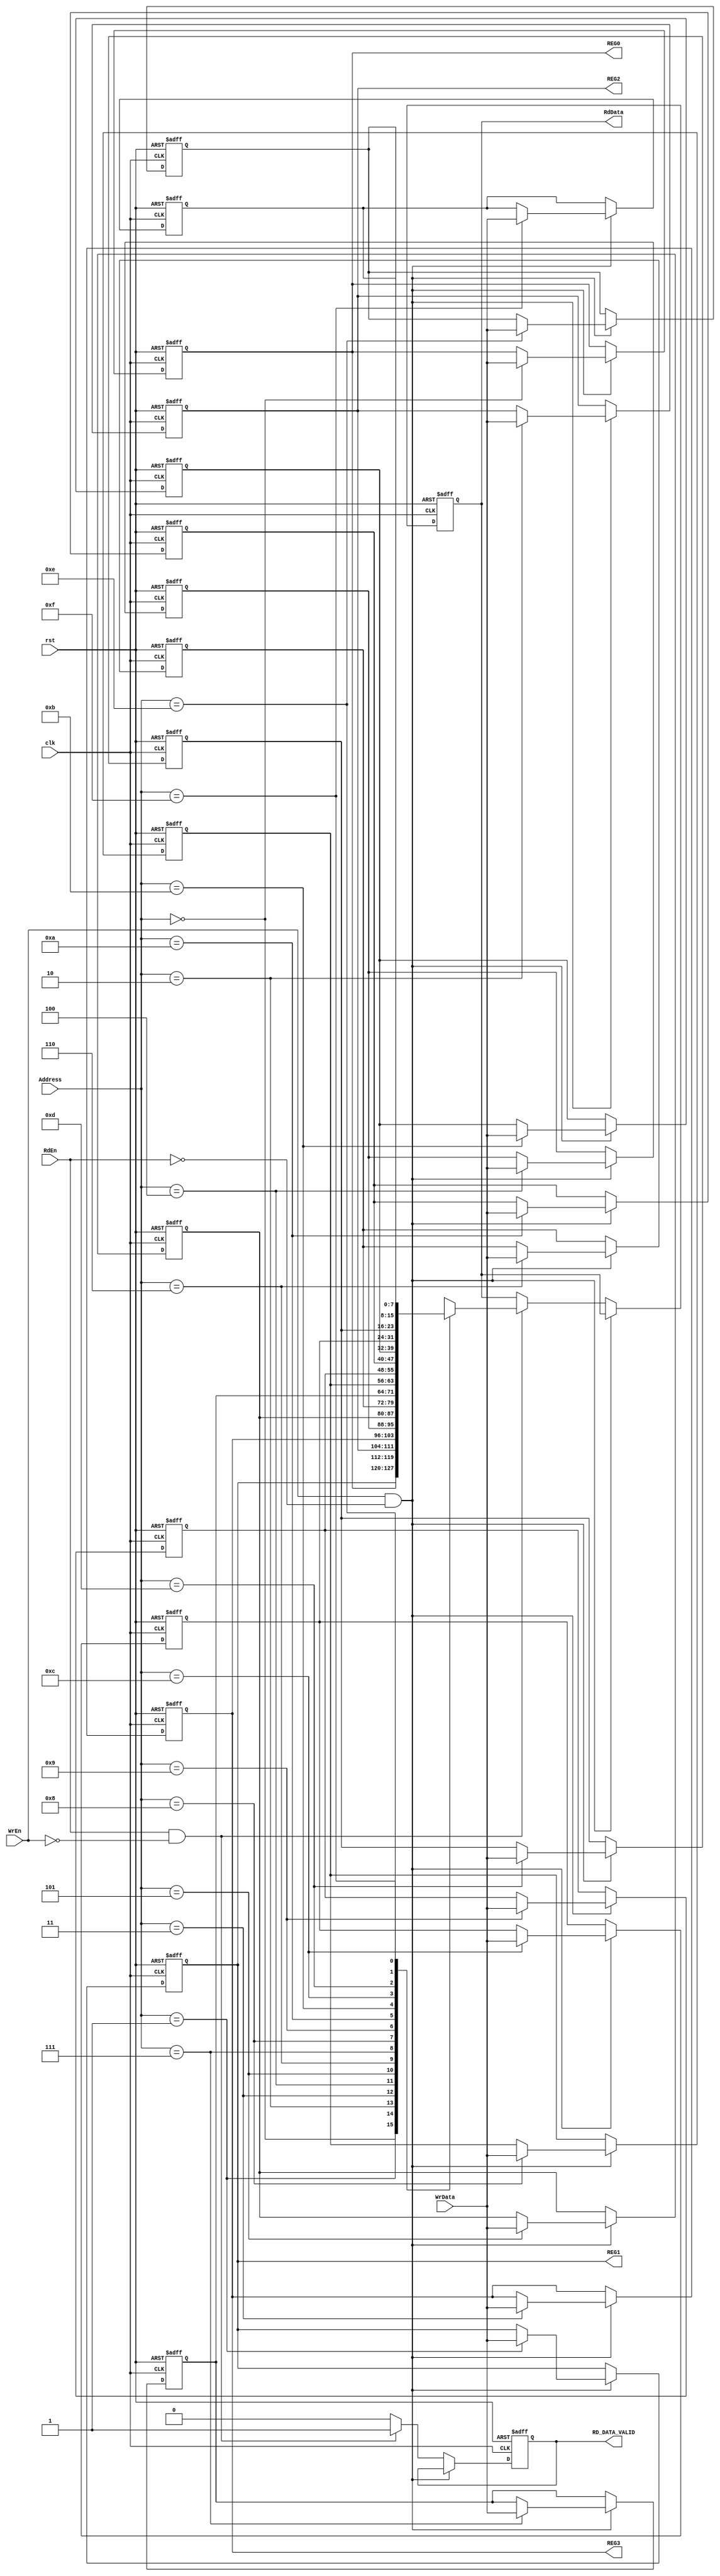
module Reg_file #(parameter ADDRESS = 4, parameter D_WIDTH = 8 , parameter DEPTH = 16)(

input	wire			clk,
input	wire			rst,
input 	wire			WrEn,
input	wire			RdEn,
input	wire	[ADDRESS-1:0]	Address,
input	wire	[D_WIDTH-1:0]	WrData,

output	reg	[D_WIDTH-1:0]	RdData,
output	reg			RD_DATA_VALID,
output		[D_WIDTH-1:0]	REG0,		
output		[D_WIDTH-1:0]	REG1,
output		[D_WIDTH-1:0]	REG2,
output		[D_WIDTH-1:0]	REG3

);

integer i;
reg [D_WIDTH-1:0] RegFile [DEPTH-1:0];

always @ (posedge clk or negedge rst)
begin

if (!rst)
begin

RD_DATA_VALID <= 'b0;
RdData <= 'b0;

for (i=0; i< DEPTH ; i=i+1)
begin

if(i == 2)
begin
RegFile[i] <= 'b100000_01 ;
end

else if(i == 3)
begin
RegFile[i] <= 'b0010_0000 ; // config of DIV_RATIO
end

else
begin
RegFile[i]<='b0;
end

end

end

else if (WrEn && !RdEn)
begin
RegFile[Address] <= WrData;
end

else if (RdEn && !WrEn)
begin
RdData <= RegFile[Address]; 
RD_DATA_VALID <= 'b1;
end

else
begin
RD_DATA_VALID <= 'b0;
end

end

assign REG0 = RegFile[0];
assign REG1 = RegFile[1];
assign REG2 = RegFile[2];
assign REG3 = RegFile[3];

endmodule